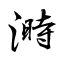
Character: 溡